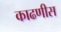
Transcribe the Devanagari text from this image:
काढणीस